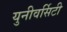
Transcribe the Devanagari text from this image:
युनीवर्सिटी